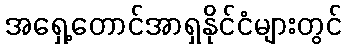
အရှေ့တောင်အာရှနိုင်ငံများတွင်